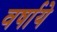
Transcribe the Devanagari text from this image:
वर्षाये